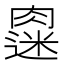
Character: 𫆭